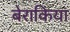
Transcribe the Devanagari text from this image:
बेराकिया